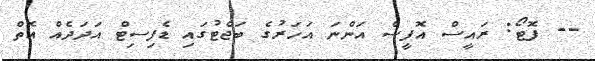
-- ފޮޓޯ: ރައީސް އޮފީސް އަންނަ އަހަރުގެ ބަޖެޓުގައި ޑެފިސިޓް އަދަދެއް އޮތް